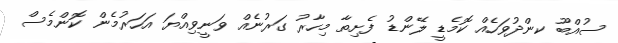
ސުއްބޫ ކންދުވަހެއް ކޮމެޑީ ލޭންޑު ފެށިތާ މިހާރު ގަރުނެއް ވަނީވިއްޔަ އަހަރުމެން ކޮންމެސް